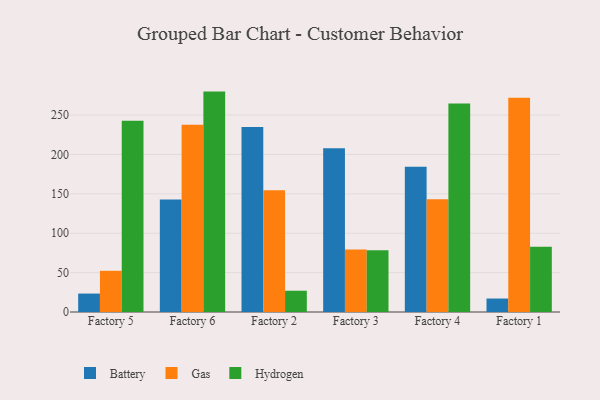
{"axis": {"x": "Factory", "y": "Budget (USD K)"}, "legend": ["Battery", "Gas", "Hydrogen"], "data": [{"x": "Factory 5", "y": 23.4, "type": "Battery"}, {"x": "Factory 5", "y": 52.3, "type": "Gas"}, {"x": "Factory 5", "y": 242.8, "type": "Hydrogen"}, {"x": "Factory 6", "y": 142.9, "type": "Battery"}, {"x": "Factory 6", "y": 237.8, "type": "Gas"}, {"x": "Factory 6", "y": 279.8, "type": "Hydrogen"}, {"x": "Factory 2", "y": 234.9, "type": "Battery"}, {"x": "Factory 2", "y": 154.6, "type": "Gas"}, {"x": "Factory 2", "y": 27.0, "type": "Hydrogen"}, {"x": "Factory 3", "y": 208.0, "type": "Battery"}, {"x": "Factory 3", "y": 79.3, "type": "Gas"}, {"x": "Factory 3", "y": 78.4, "type": "Hydrogen"}, {"x": "Factory 4", "y": 184.4, "type": "Battery"}, {"x": "Factory 4", "y": 143.0, "type": "Gas"}, {"x": "Factory 4", "y": 264.7, "type": "Hydrogen"}, {"x": "Factory 1", "y": 17.1, "type": "Battery"}, {"x": "Factory 1", "y": 272.1, "type": "Gas"}, {"x": "Factory 1", "y": 82.7, "type": "Hydrogen"}]}